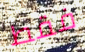
فقط